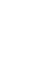
{\begin{matrix}a\\[-60pt]b\end{matrix}}